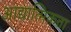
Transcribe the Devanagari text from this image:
आद्यात्मिकता